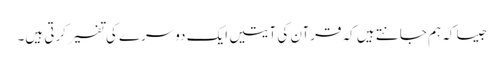
جیسا کہ ہم جانتے ہیں کہ قرآن کی آیتیں ایک دوسرے کی تفسیر کرتی ہیں۔